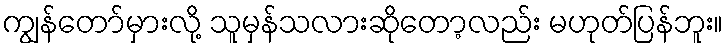
ကျွန်တော်မှားလို့ သူမှန်သလားဆိုတော့လည်း မဟုတ်ပြန်ဘူး။